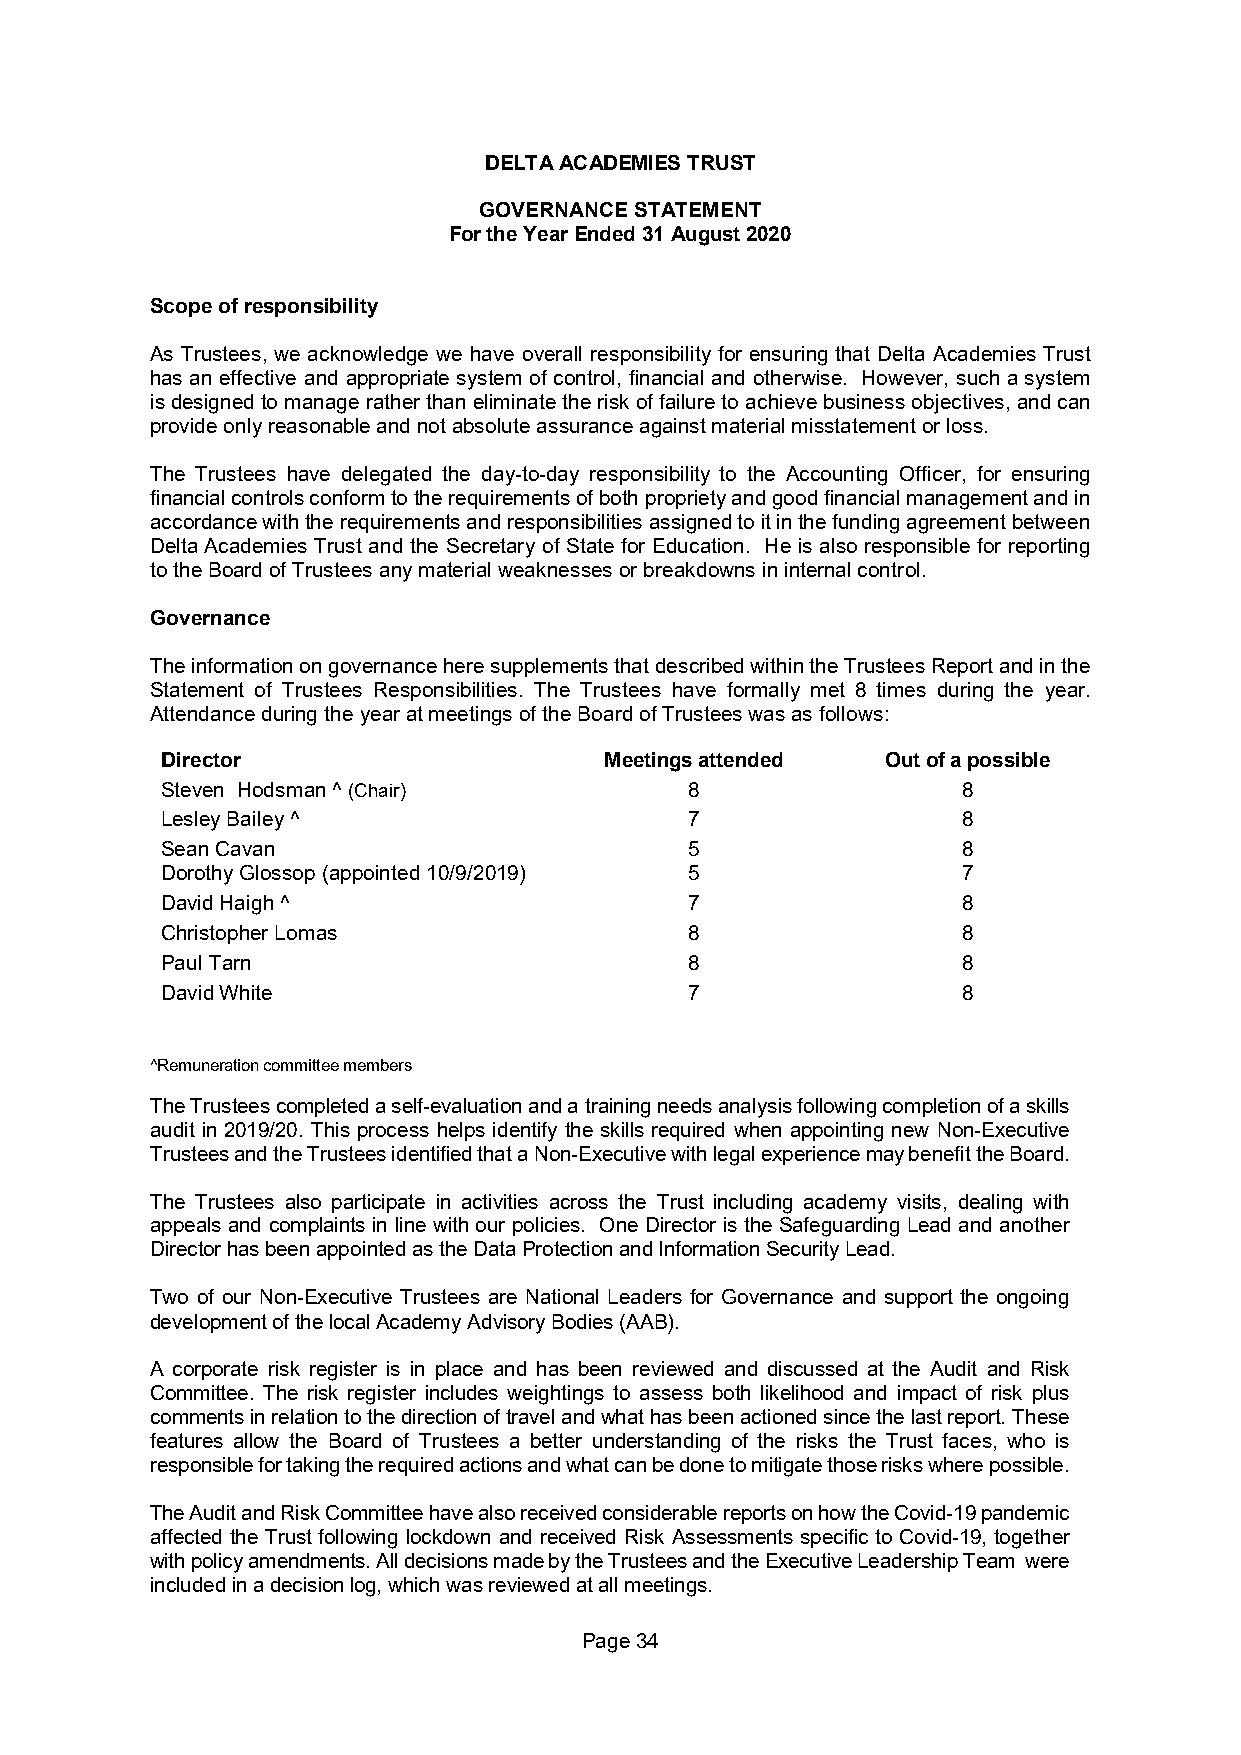
DELTA ACADEMIES TRUST
 GOVERNANCE STATEMENT
 For the Year Ended 31 August 2020
 Scope of responsibility
 As Trustees, we acknowledge we have overall responsibility for ensuring that Delta Academies Trust
 has an effective and appropriate system of control, financial and otherwise. However, such a system
 is designed to manage rather than eliminate the risk of failure to achieve business objectives, and can
 provide only reasonable and not absolute assurance against material misstatement or loss.
 The Trustees have delegated the day-to-day responsibility to the Accounting Officer, for ensuring
 financial controls conform to the requirements of both propriety and good financial management and in
 accordance with the requirements and responsibilities assigned to it in the funding agreement between
 Delta Academies Trust and the Secretary of State for Education. He is also responsible for reporting
 to the Board of Trustees any material weaknesses or breakdowns in internal control.
 Governance
 The information on governance here supplements that described within the Trustees Report and in the
 Statement of Trustees Responsibilities. The Trustees have formally met 8 times during the year.
 Attendance during the year at meetings of the Board of Trustees was as follows:
 Director                     Meetings attended  Out of a possible
 Steven Hodsman ^ (Chair)           8                 8
 Lesley Bailey ^                    7                 8
 Sean Cavan                         5                 8
 Dorothy Glossop (appointed 10/9/2019) 5              7
 David Haigh ^                      7                 8
 Christopher Lomas                  8                 8
 Paul Tarn                          8                 8
 David White                        7                 8
 ^Remuneration committee members
 The Trustees completed a self-evaluation and a training needs analysis following completion of a skills
 audit in 2019/20. This process helps identify the skills required when appointing new Non-Executive
 Trustees and the Trustees identified that a Non-Executive with legal experience may benefit the Board.
 The Trustees also participate in activities across the Trust including academy visits, dealing with
 appeals and complaints in line with our policies. One Director is the Safeguarding Lead and another
 Director has been appointed as the Data Protection and Information Security Lead.
 Two of our Non-Executive Trustees are National Leaders for Governance and support the ongoing
 development of the local Academy Advisory Bodies (AAB).
 A corporate risk register is in place and has been reviewed and discussed at the Audit and Risk
 Committee. The risk register includes weightings to assess both likelihood and impact of risk plus
 comments in relation to the direction of travel and what has been actioned since the last report. These
 features allow the Board of Trustees a better understanding of the risks the Trust faces, who is
 responsible for taking the required actions and what can be done to mitigate those risks where possible.
 The Audit and Risk Committee have also received considerable reports on how the Covid-19 pandemic
 affected the Trust following lockdown and received Risk Assessments specific to Covid-19, together
 with policy amendments. All decisions made by the Trustees and the Executive Leadership Team were
 included in a decision log, which was reviewed at all meetings.
 Page 34